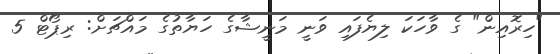
"ހިރޮއިން" ގެ ވާހަކަ ލިޔެފައި ވަނީ މަނީޝާގެ ހަޔާތުގެ މައްޗަށް: ރިޕޯޓް 5